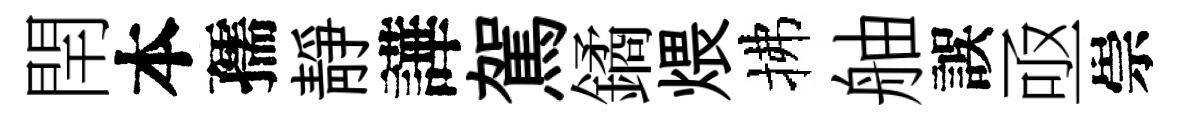
閈本孺靜譁駕鐍煨拂舳誤亟崇